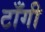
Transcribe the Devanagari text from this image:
टाँगी